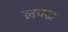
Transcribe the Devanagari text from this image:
लपटा